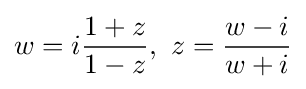
w=i{1+z \over 1-z},\,\,z={w-i \over w+i}